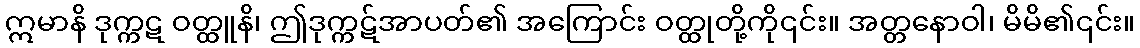
ဣမာနိ ဒုက္ကဋ ဝတ္ထူနိ၊ ဤဒုက္ကဋ်အာပတ်၏ အကြောင်း ဝတ္ထုတို့ကို၎င်း။ အတ္တနောဝါ၊ မိမိ၏၎င်း။